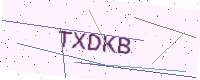
Text: TXDKB